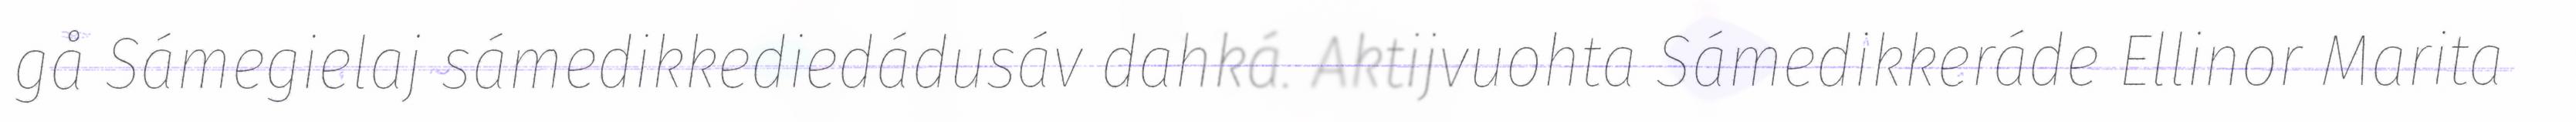
gå Sámegielaj sámedikkediedádusáv dahká. Aktijvuohta Sámedikkeráde Ellinor Marita